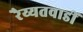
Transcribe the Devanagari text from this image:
रैय्यतवाडीं